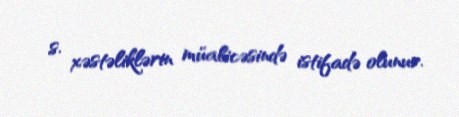
s. xəstəliklərin müalicəsində istifadə olunur.